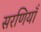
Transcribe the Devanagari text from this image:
सरणियाँ